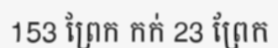
153 ព្រែក កក់ 23 ព្រែក